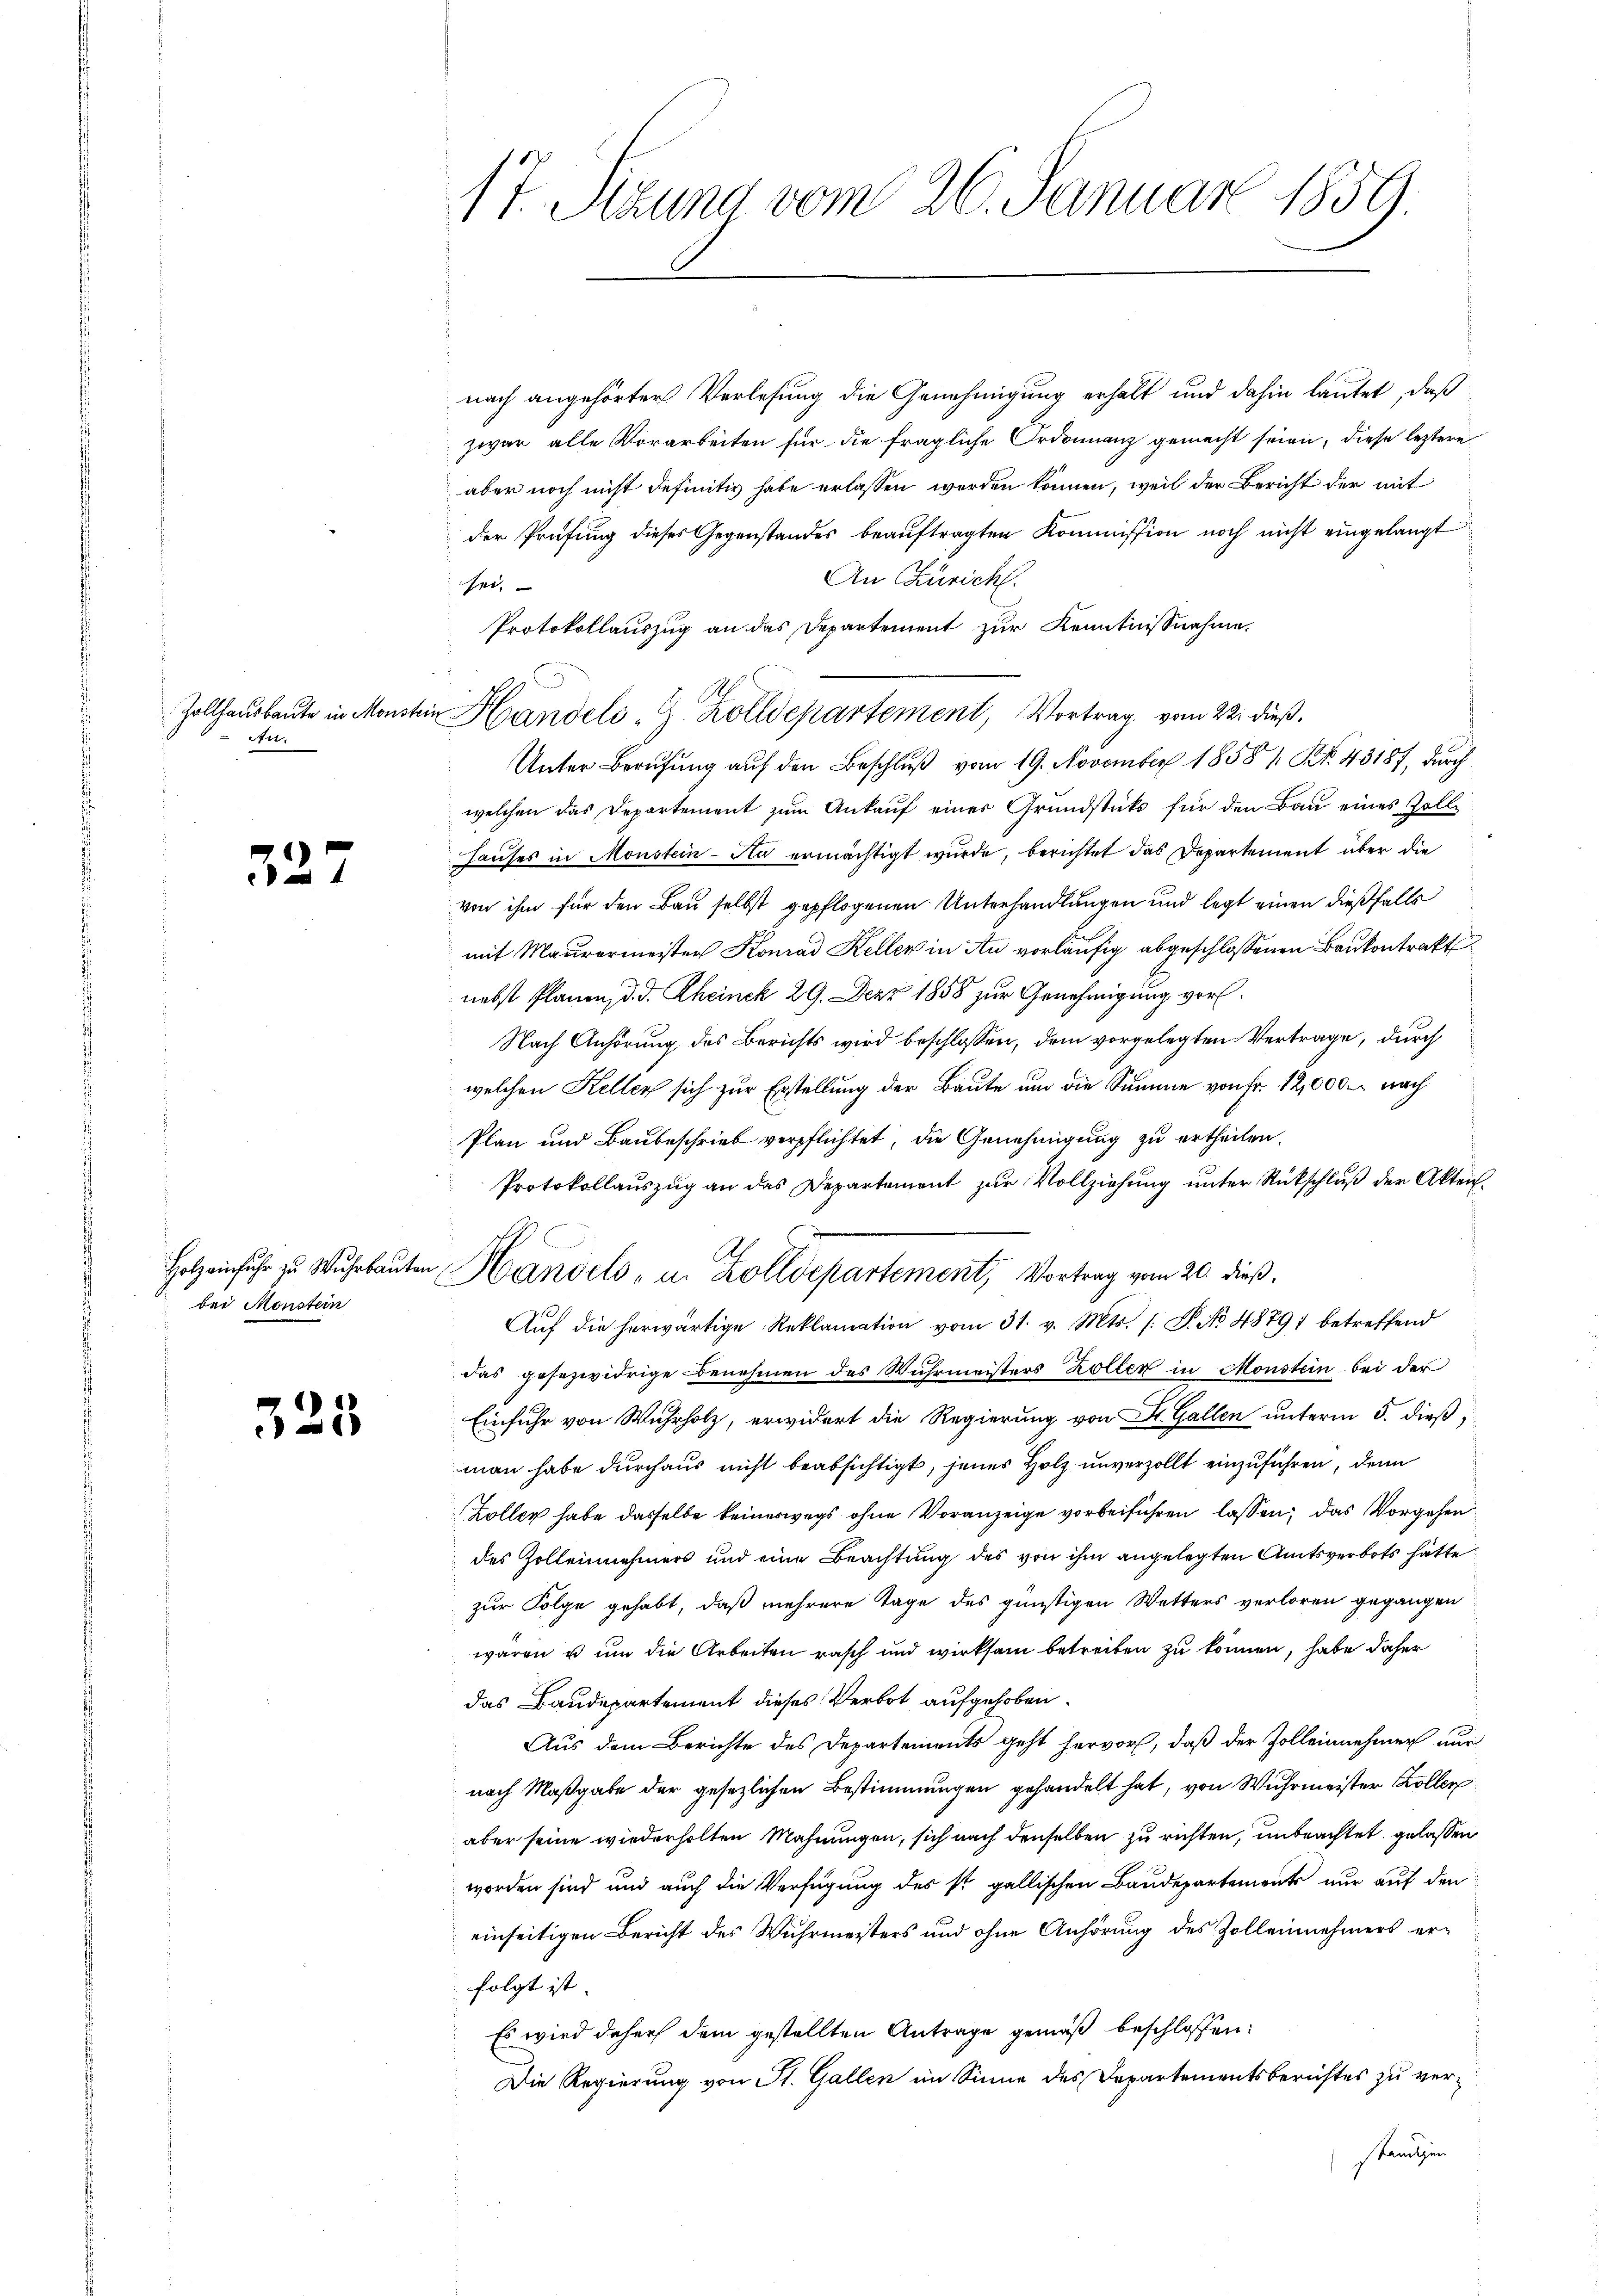
n.

327

bei Monstein

325

17. Sizung vom 26. Januar 1859.

nach angehörter Verlesung die Genehmigung erhalt und dahin lautet, daß
zwar alle Vorarbeiten für die fragliche Ordonanz gemacht seien, diese leztere
aber noch nicht definitiv habe erlassen werden können, weil der Bericht der mit
der Prüfung dieses Gegenstandes beauftragten Kommission noch nicht eingelangt
An Zürich.
sei,
Protokollauszug an das Departement zur Kenntnißnahme.
.
Zollhausbaute in Monstein Handels "G. Zolldepartement, Vortrag vom 22. dieß.
Unter Berufung auf den Beschluß vom 19. November 1858 / Kr. 43187, durch
welchen das Departement zum Ankauf einer Grundstücks für den Bau eines Zoll¬
Hauses in Monstein-Na ermächtigt wurde, berichtet das Departement über die
von ihm für den Bau selbst gepflogenen Unterhandlungen und legt einen dießfalls
mit Maurermeisten Konrad Keller in Au vorläufig abgeschlossenen Baukontrakt
nebst Planen, d. d. Rheinck 29. Dezz 1858 zur Genehmigung vor¬
Nach Anhörung des Berichts wird beschlossen, dem vorgelegten Vertrage, durch
welchen Kellen sich zur Erstellung der Baute um die Summe von Fr. 12,000. nach
Plan und Baubeschrieb verpflichtet, die Genehmigung zu ertheilen.
Protokollauszug an das Departement zur Vollziehung unter Rückschluß der Akten.
Holz einfuhr zu Wŭhrbaŭten Handels- u. Zolldepartement, Vortrag vom 20. dieß,
Aŭf die herwärtige Reklamation vom 31. v. Mts. /: P. No 48791 betreffend
das gesezwidrige Benehmen des Wuhrmeisters Zöller in Monstein bei der
Einfuhr von Wuhrholz, erwidert die Regierung von St. Gallen unterm 5. dieß,
man habe durchaus nicht beabsichtigt, jenes Holz unverzollt einzuführen, denn
Zöller habe dasselbe keineswegs ohne Voranzeige vorbeiführen lassen, das Vorgehen
des Zollennehmers und eine Beachtung des von ihm angelegten Amtsverbots hätte
zur Folge gehabt, daß mehrere Tage des günstigen Wetters verloren gegangen
waren u um die Arbeiten rasch und wirksam betreiben zu können, habe daher
das Baudepartement dieses Verbot aufgehoben.
Aus dem Berichte des Departements geht hervor, daß der Zolleinehmer nur
nach Maßgabe der gesezlichen Bestimmungen gehandelt hat, von Wuhrmeister Koller
aber seine wiederholten Mahnungen, sich nach denselben zu richten, unbrachtet gelassen
worden sind und auch die Verfügung des st. gallischen Baudepartements nur auf den
einseitigen Bericht des Wuhrmeisters und ohne Anhörung des Zollennehmers erfolgt ist
Es wird daher dem gestellten Antrage gemäß beschlossen:
Die Regierung von St. Gallen im Sinne des Departementsberichtes zu ver¬
Kanzen

h